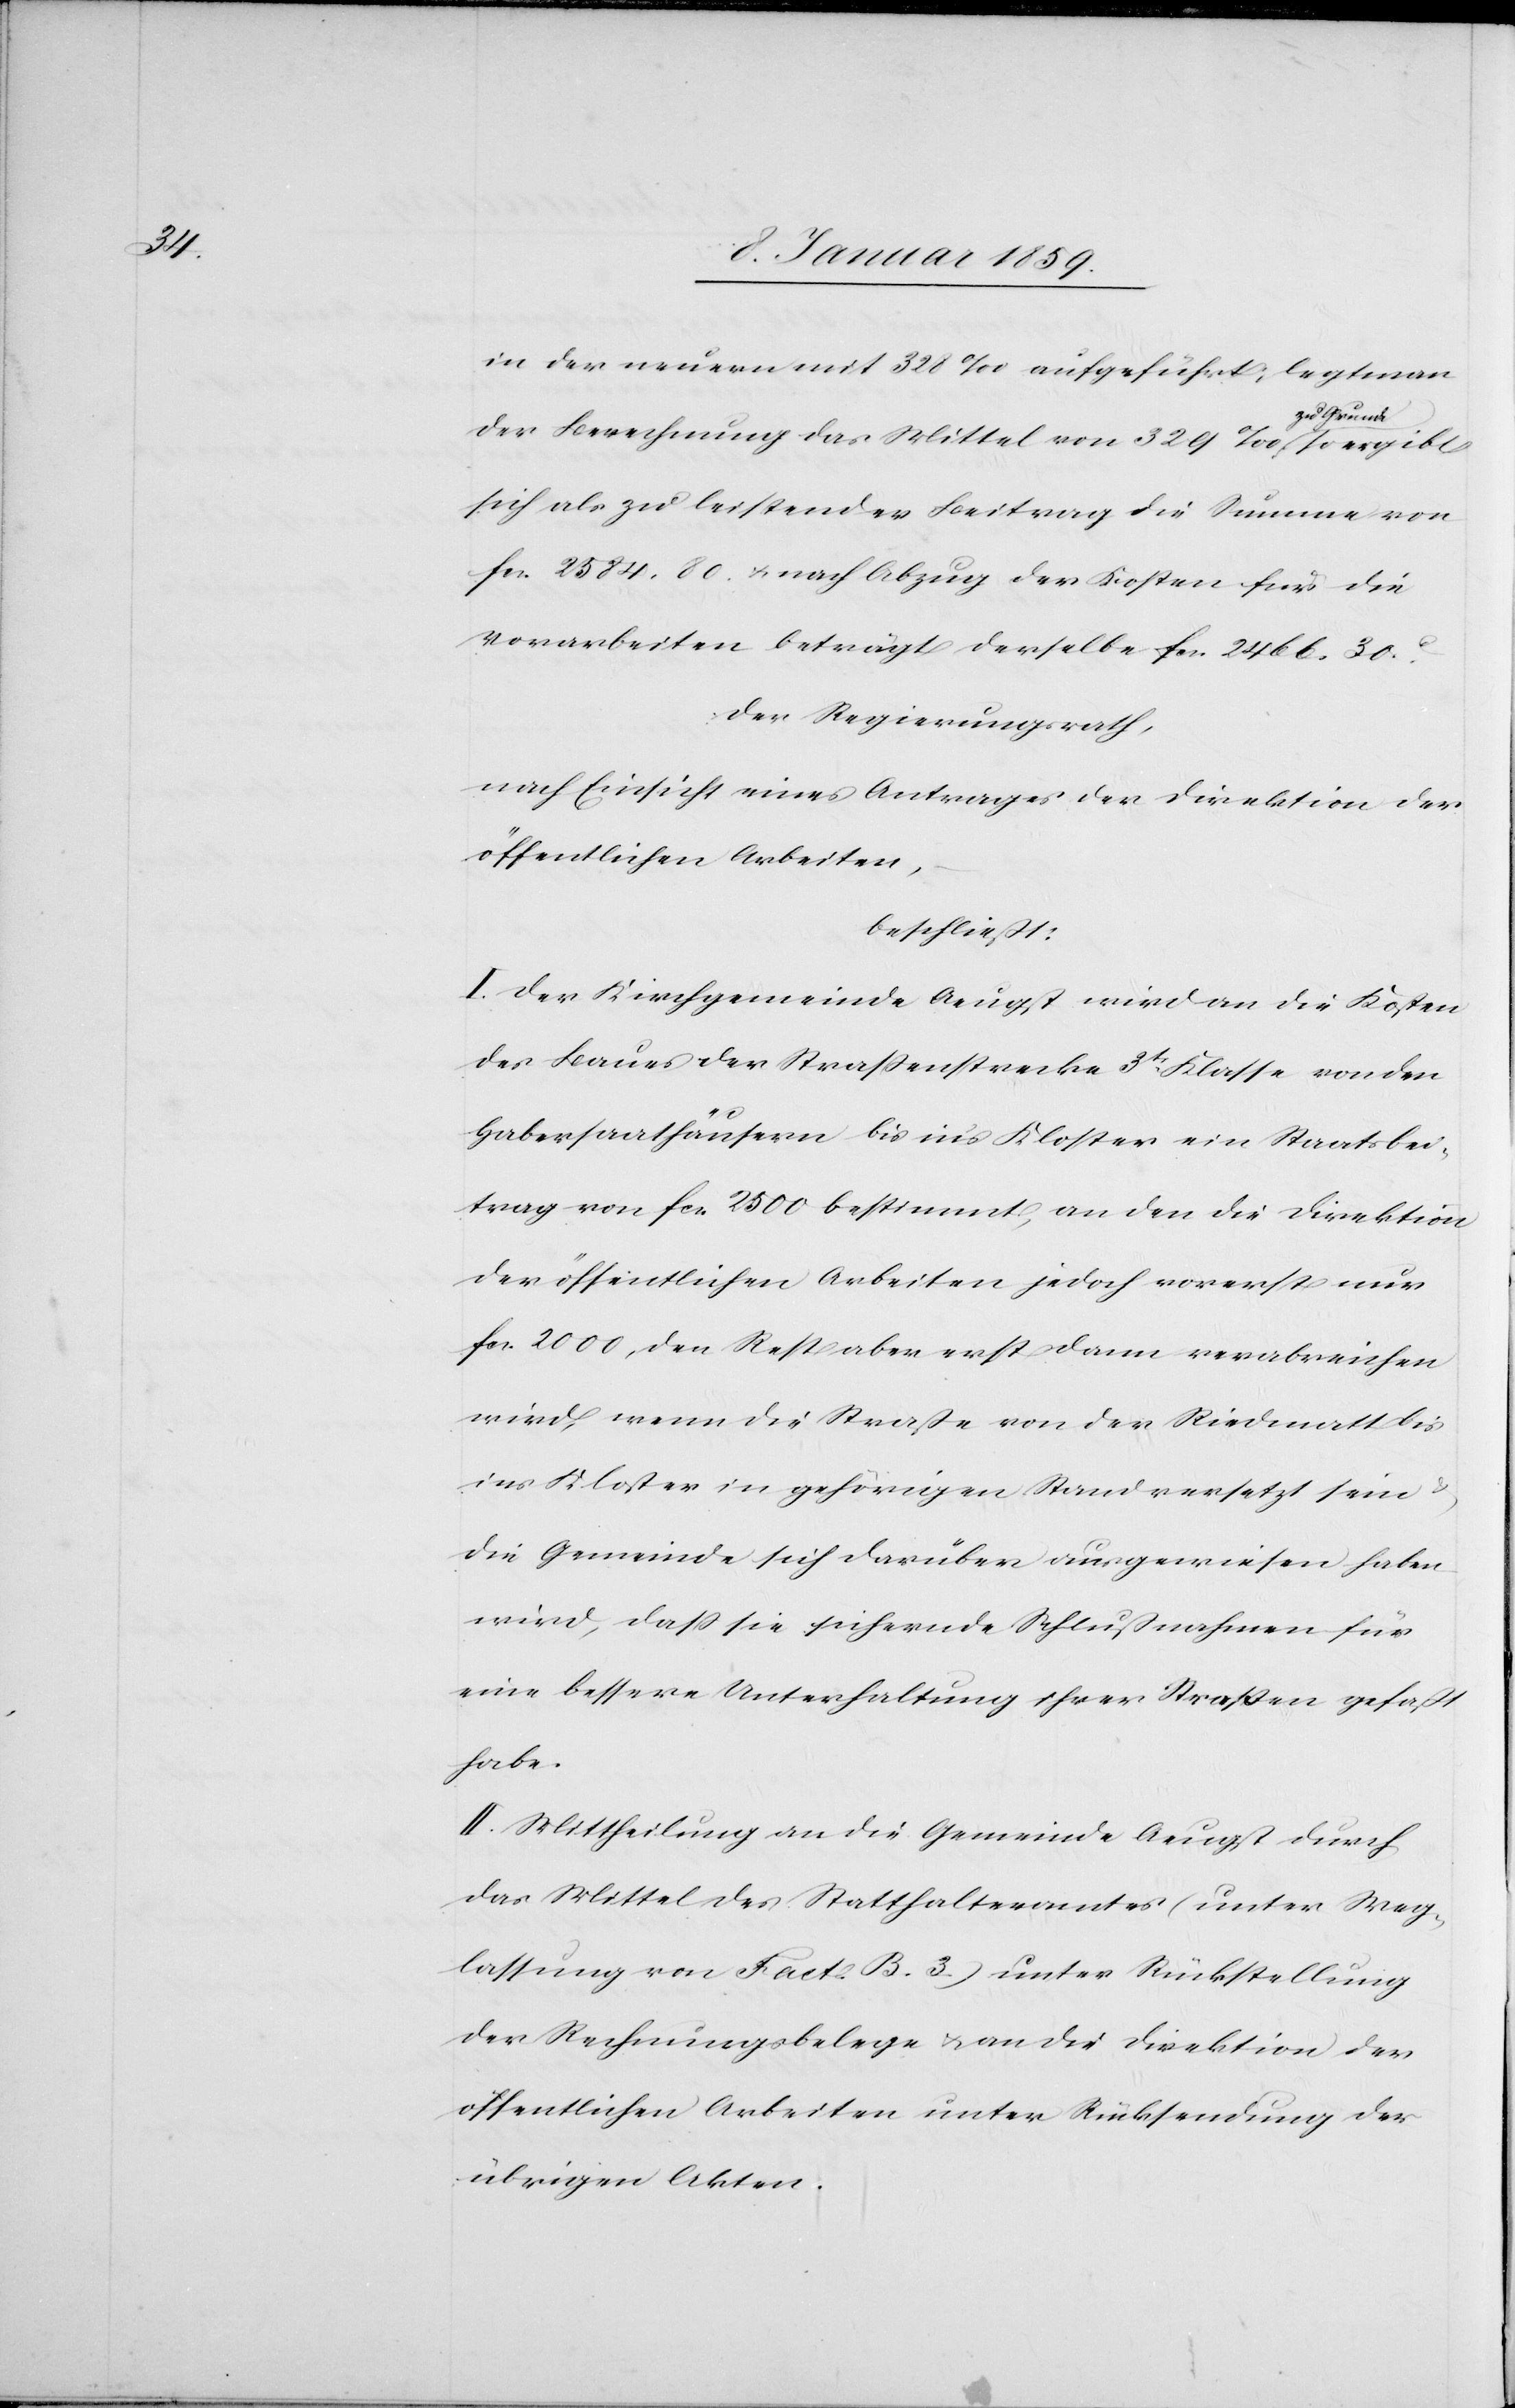
in der neuern mit 328‰ aufgeführt; legt man
der Berechnung das Mittel von 329‰ zu Grunde so ergibt
sich als zu leistender Beitrag die Summe von
fcs. 2584.80. u. nach Abzug der Kosten für die
Vorarbeiten beträgt derselbe fcs. 2466.30.c.
Der Regierungsrath,
nach Einsicht eines Antrages der Direktion der
öffentlichen Arbeiten,
beschließt:
I. Der Kirchgemeinde Aeugst wird an die Kosten
des Baues der Straßenstrecke 3tr. Klasse von den
Habersaathäusern bis ins Kloster ein Staatsbei¬
trag von fcs. 2500 bestimmt, an den die Direktion
der öffentlichen Arbeiten jedoch vorerst nur
fcs. 2000, den Rest aber erst dann verabreichen
wird, wenn die Straße von der Riedmatt bis
ins Kloster in gehörigen Stand versetzt sein &
die Gemeinde sich darüber ausgewiesen haben
wird, daß sie sichernde Schlußnahmen für
eine bessere Unterhaltung ihrer Straßen gefaßt
habe.
II. Mittheilung an die Gemeinde Aeugst durch
das Mittel des Staathalteramtes (unter Weg¬
lassung von Fact. B. 3.) unter Rückstellung
der Rechnungsbelege u. an die Direktion der
öffentlichen Arbeiten unter Rücksendung der
übrigen Akten.